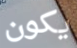
يكون